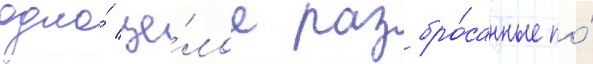
одно́ це́лое разбро́санные по́